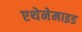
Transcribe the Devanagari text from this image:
एथेनेमाइड